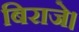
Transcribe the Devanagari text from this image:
बिराजे।